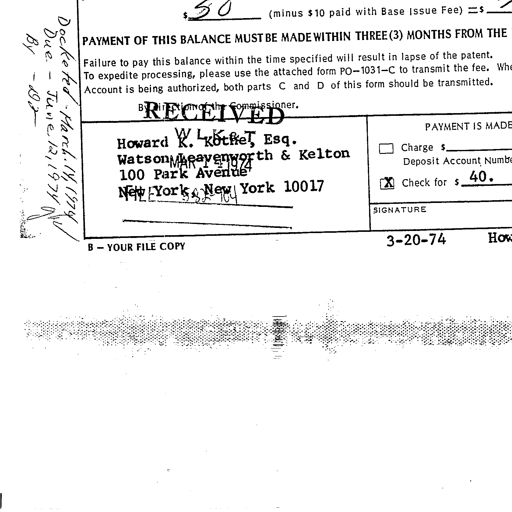
Transcript:
$ 50 (minus $10 paid with Base Issue Fee) =$
By - DR PAYMENT OF THIS BALANCE MUST BE MADE WITHIN THREE (3) MONTHS FROM THE
Due - June 12, 1974 Failure to pay this balance within the time specified will result in lapse of the patent.
Docketed - March 14, 1974 To expedite processing, please use the attached form PO-1031-C to transmit the fee. Whe
Account is being authorized, both parts C and D of this form should be transmitted.
By Direction of the Commissioner.
RECEIVED
Howard W. Kothe, Esq. PAYMENT IS MADE
Watson Leavenworth & Kelton Charge $
MAR 1 2 1974 Deposit Account Numbe
100 Park Avenue
New York, New York 10017 Check for $ 40.
SIGNATURE
B - YOUR FILE COPY 3-20-74 How